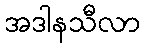
အဒါနသီလာ